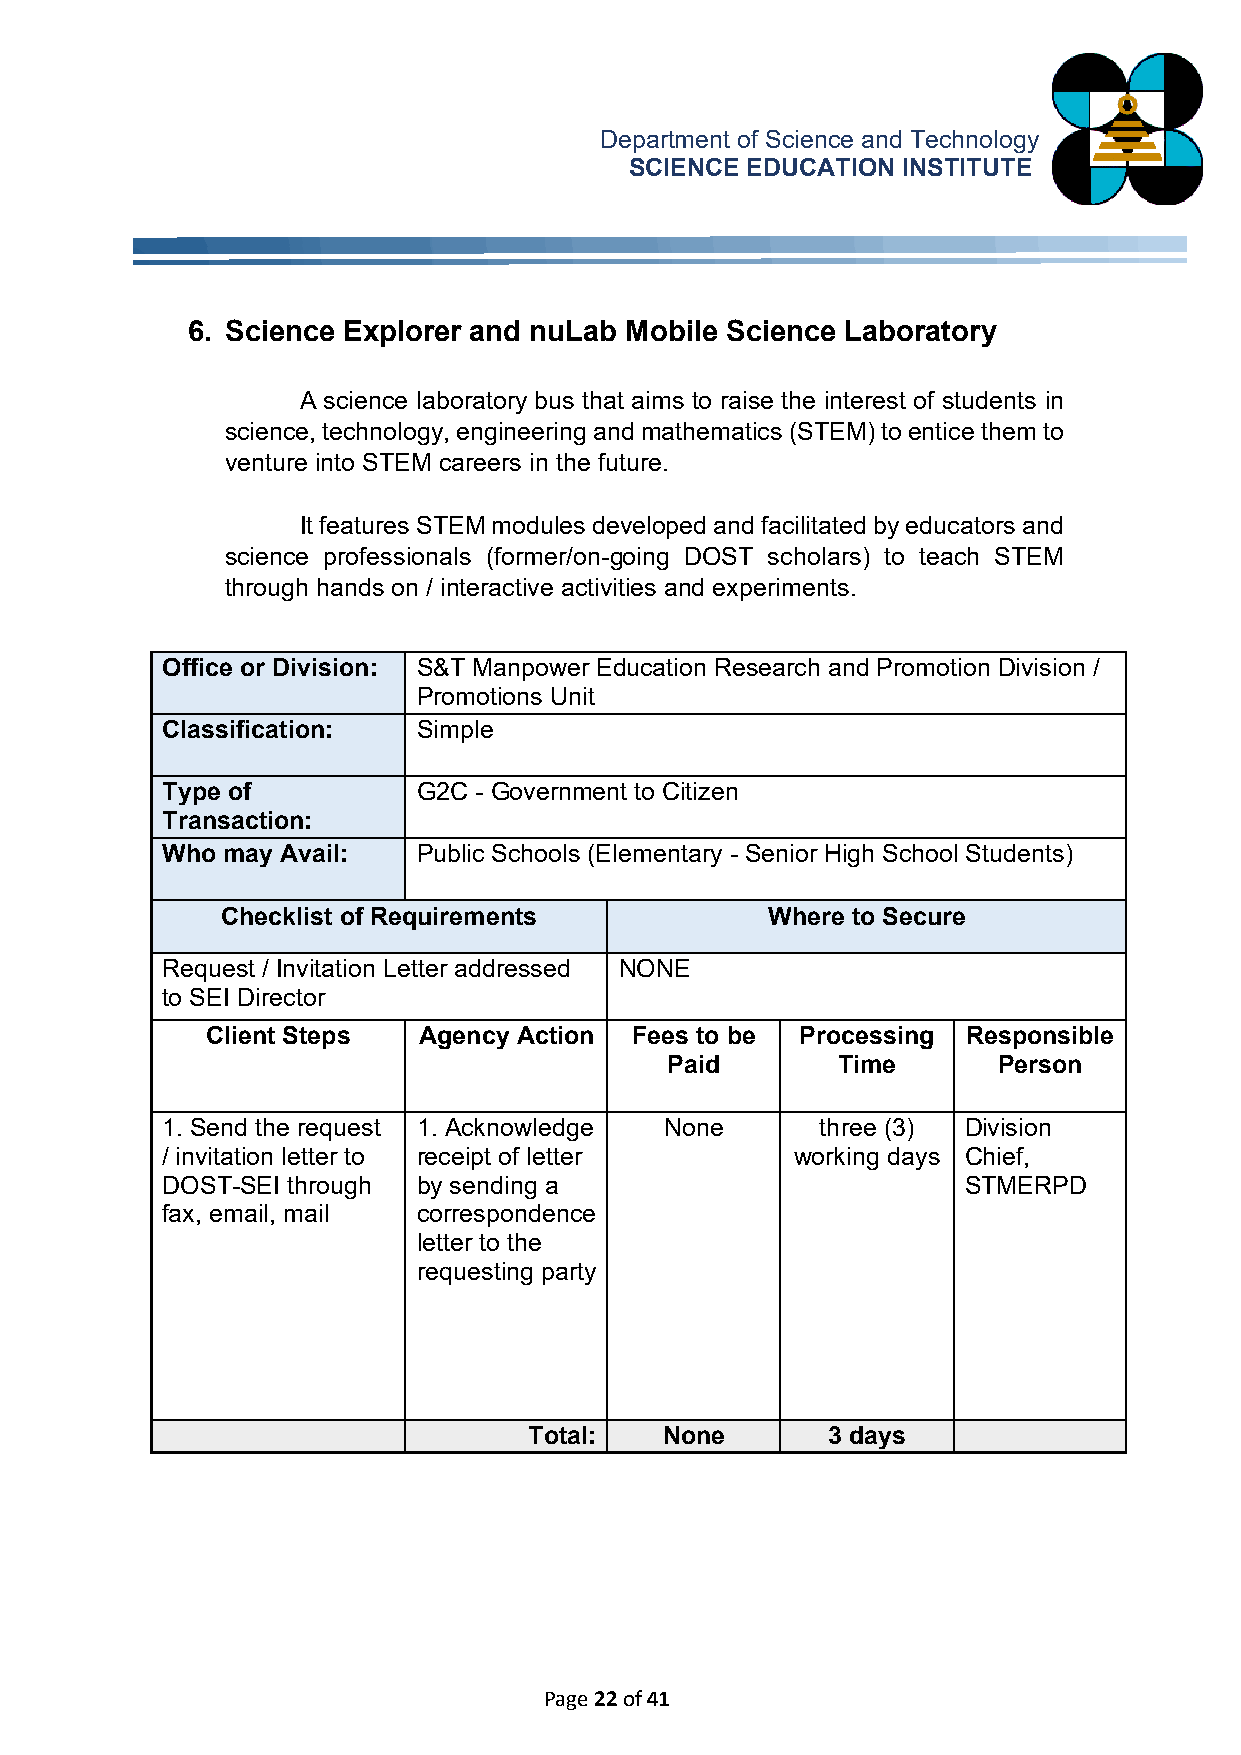
Department of Science and Technology
 SCIENCE EDUCATION INSTITUTE
 6. Science Explorer and nuLab Mobile Science Laboratory
 A science laboratory bus that aims to raise the interest of students in
 science, technology, engineering and mathematics (STEM) to entice them to
 venture into STEM careers in the future.
 It features STEM modules developed and facilitated by educators and
 science professionals (former/on-going DOST scholars) to teach STEM
 through hands on / interactive activities and experiments.
 Office or Division: S&T Manpower Education Research and Promotion Division /
 Promotions Unit
 Classification:  Simple
 Type of          G2C - Government to Citizen
 Transaction:
 Who may Avail:   Public Schools (Elementary - Senior High School Students)
 Checklist of Requirements           Where to Secure
 Request / Invitation Letter addressed NONE
 to SEI Director
 Client Steps  Agency Action Fees to be Processing Responsible
 Paid       Time       Person
 1. Send the request 1. Acknowledge None    three (3) Division
 / invitation letter to receipt of letter  working days Chief,
 DOST-SEI through by sending a                        STMERPD
 fax, email, mail correspondence
 letter to the
 requesting party
 Total:   None       3 days
 Page 22 of 41